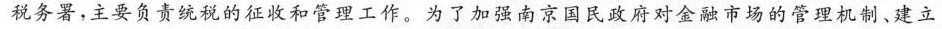
税务署，主要负责统税的征收和管理工作。为了加强南京国民政府对金融市场的管理机制、建立